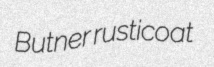
Butner rusticoat